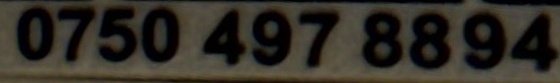
0750 497 8894